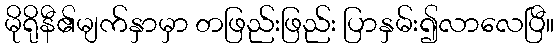
မိုရိုနီ၏မျက်နှာမှာ တဖြည်းဖြည်း ပြာနှမ်း၍လာလေပြီ။